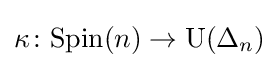
\kappa \colon {\mathrm {Spin} }(n)\to {\mathrm {U} }(\Delta _{n})